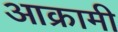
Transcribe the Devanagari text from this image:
आक्रामी